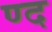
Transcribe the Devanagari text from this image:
ण्द